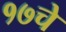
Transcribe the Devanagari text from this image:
१७चे